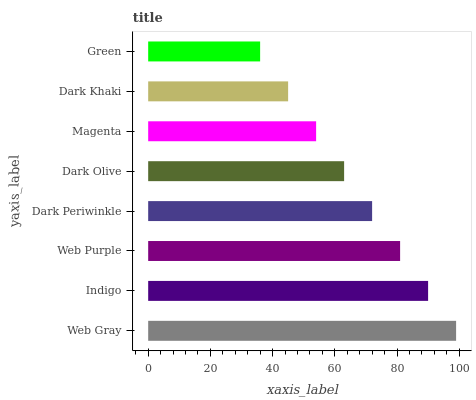
| yaxis_label | bars |
 | --- | --- |
 | Web Gray | 99 |
 | Indigo | 90 |
 | Web Purple | 81 |
 | Dark Periwinkle | 72 |
 | Dark Olive | 63 |
 | Magenta | 54 |
 | Dark Khaki | 45 |
 | Green | 36 |